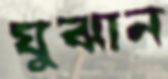
যুঝান